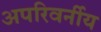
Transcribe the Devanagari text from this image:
अपरिवर्नीय